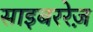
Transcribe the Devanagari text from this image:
साइबररेज़